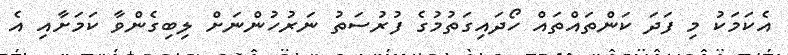
އެކަމަކު މި ފަދަ ކަންތައްތައް ހޯދައިގަތުމުގެ ފުރުސަތު ނަރުހުންނަށް ލިބިގެންވާ ކަމަށާއި އެ